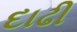
દાઢી